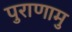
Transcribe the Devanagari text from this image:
पुराणामु